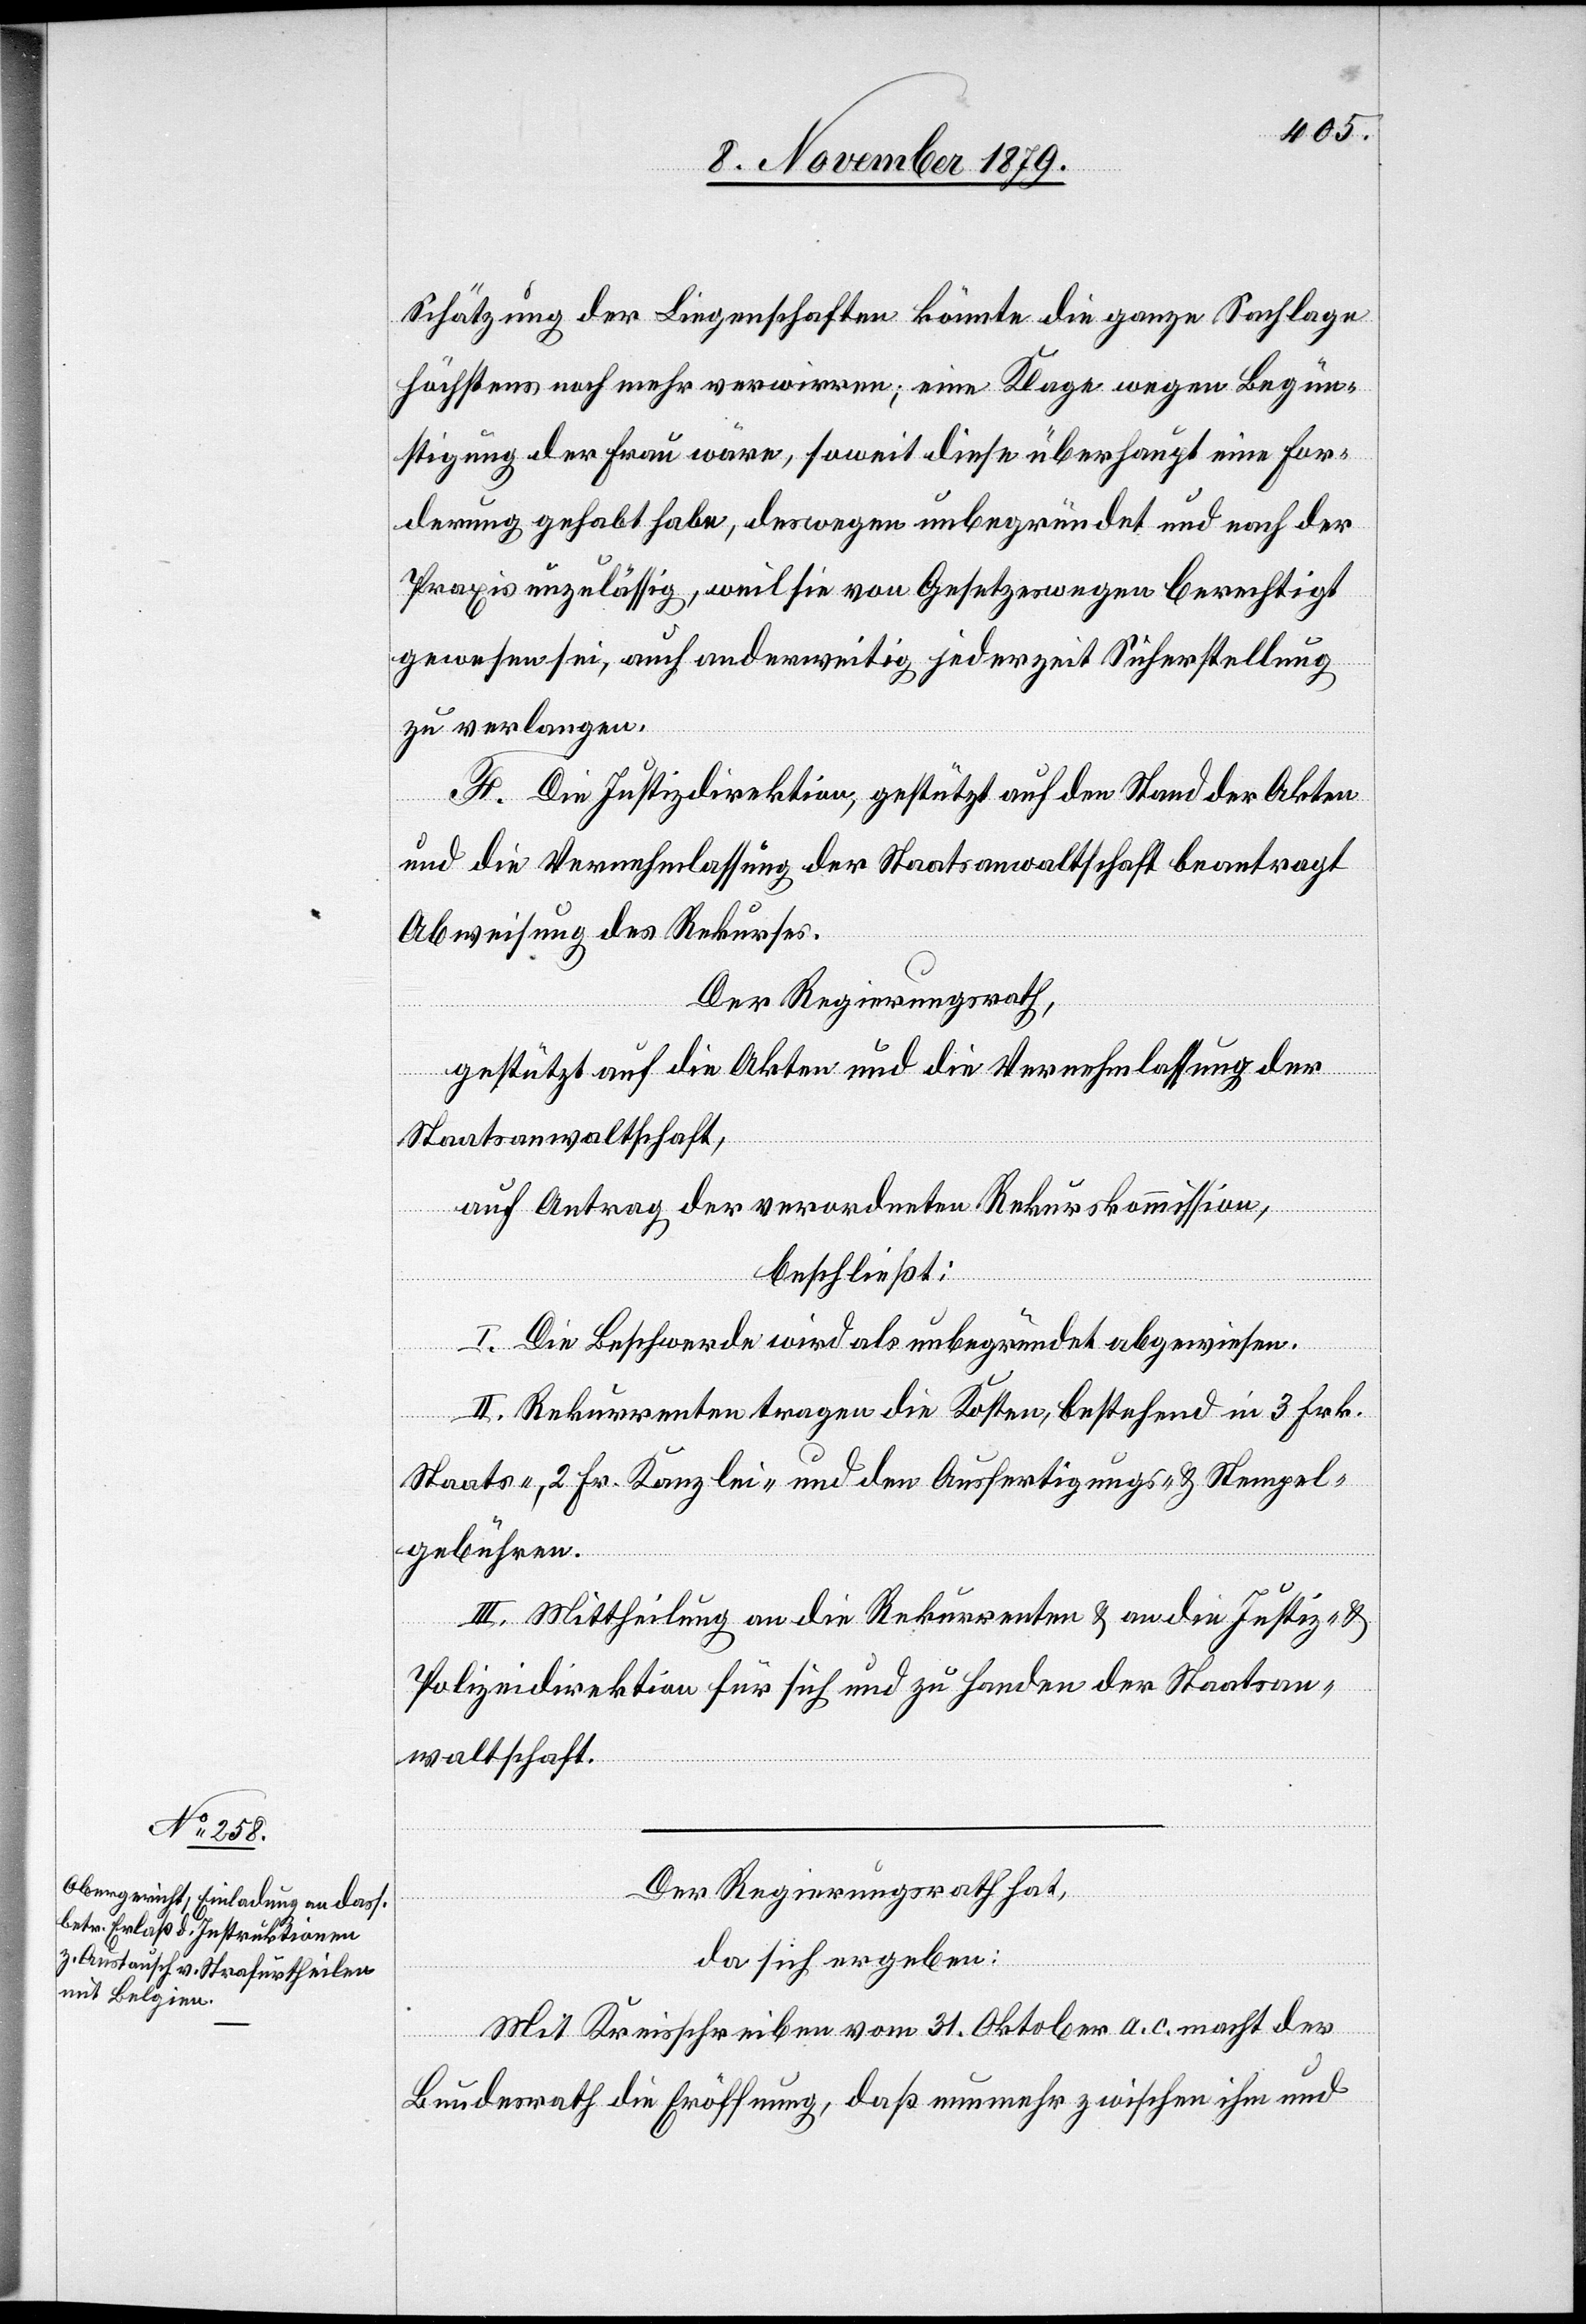
Schätzung der Liegenschaften könnte die ganze Sachlage
höchstens noch mehr verwirren; eine Klage wegen Begün¬
stigung der Frau wäre, soweit diese überhaupt eine For¬
derung gehabt habe, deswegen unbegründet und nach der
Praxis unzulässig, weil sie von Gesetzeswegen berechtigt
gewesen sei, auch anderweitig jederzeit Sicherstellung
zu verlangen.
F. Die Justizdirektion, gestützt auf den Stand der Akten
und die Vernehmlassung der Staatsanwaltschaft beantragt
Abweisung des Rekurses.
Der Regierungsrath,
gestützt auf die Akten und die Vernehmlassung der
Staatsanwaltschaft,
auf Antrag der verordneten Rekurskommission,
beschließt:
I. Die Beschwerde wird als unbegründet abgewiesen.
II. Rekurrenten tragen die Kosten, bestehend in 3 Frk.
Staats-, 2 Fr. Kanzlei- und den Ausfertigungs- & Stempel¬
gebühren.
III. Mittheilung an die Rekurrenten & an die Justiz- &
Polizeidirektion für sich und zu Handen der Staatsan¬
waltschaft.
Der Regierungsrath hat,
da sich ergeben:
Mit Kreisschreiben vom 31. Oktober a. c. macht der
Bundesrath die Eröffnung, daß nunmehr zwischen ihm und